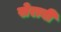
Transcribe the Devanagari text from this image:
सेराबी